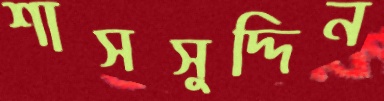
শাসসুদ্দিন